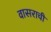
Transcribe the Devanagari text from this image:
वासराची